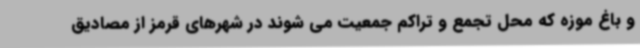
و باغ موزه که محل تجمع و تراکم جمعیت می شوند در شهرهای قرمز از مصادیق